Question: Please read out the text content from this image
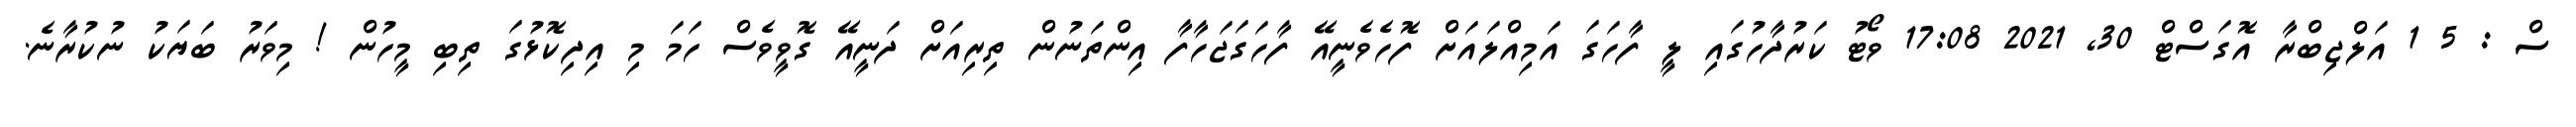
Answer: ސް : 5 1 އަލްޖިބްރާ އޮގަސްޓް 30, 2021 17:08 ވޯޓު ކަރުދާހުގައި ލީ ފާހަގަ އަމިއްލައަށް ފޮހެވެނީއޭ ފާހަގަޖަހާފާ އިންތަނުން ތިރިއަށް ދަނީއޭ ގޮވީވެސް ހަމަ މި އިދިކޮޅުގަ ތިބި މީހުން ! މިވަރު ބަޔަކު ނުކުރާނެ.